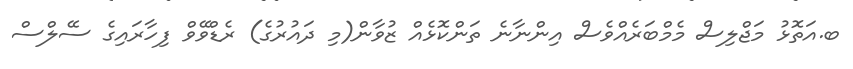
ބ.އަތޮޅު މަޖްލިސް މެމްބަރެއްވެސް އިންނާނެ ތަންކޮޅެއް ޒުވާން(މި ދައުރުގެ) ރެޑްވޭވް ފިހާރައިގެ ސޭލްސް